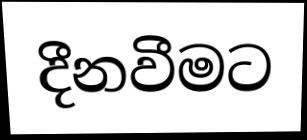
දීනවීමට